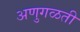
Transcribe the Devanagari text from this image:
अणुगळती